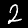
Digit: 2